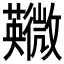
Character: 鿦